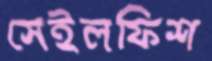
সেইলফিশ